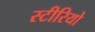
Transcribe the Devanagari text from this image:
स्‍टीरियो